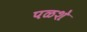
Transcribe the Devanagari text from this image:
पळशे